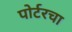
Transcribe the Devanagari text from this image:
पोर्टरचा